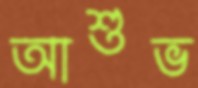
আশুভ